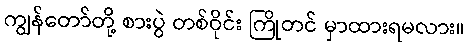
ကျွန်တော်တို့ စားပွဲ တစ်ဝိုင်း ကြိုတင် မှာထားရမလား။